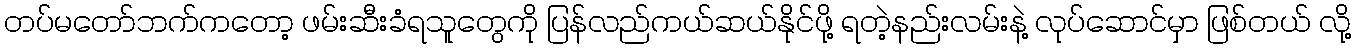
တပ်မတော်ဘက်ကတော့ ဖမ်းဆီးခံရသူတွေကို ပြန်လည်ကယ်ဆယ်နိုင်ဖို့ ရတဲ့နည်းလမ်းနဲ့ လုပ်ဆောင်မှာ ဖြစ်တယ် လို့